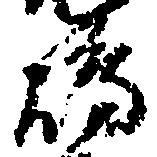
嶋